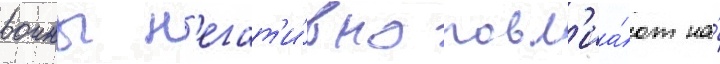
воины н'егат'и́вно повл'иа́ют на́